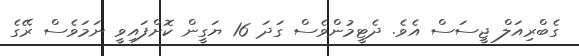
ގެބްރިއަލް ޖީސަސް އެވެ. ދެޓީމުންވެސް ގަދަ 16 ޔަގީން ކޮށްފައިވީ ނަމަވެސް ރޭގެ